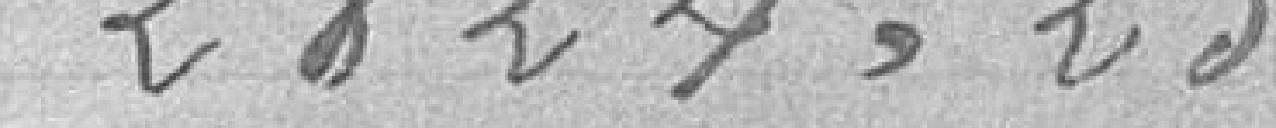
2824,25